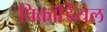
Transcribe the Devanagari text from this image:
प्रिकॉर्डियल